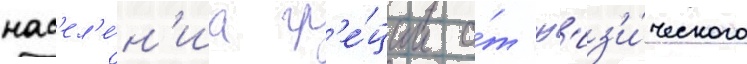
нас'ел'е́н'иа гр'е́ции о́т ф'из'и́ческого